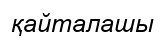
қайталашы